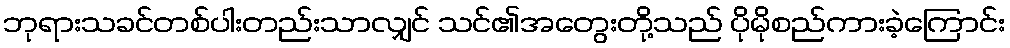
ဘုရားသခင်တစ်ပါးတည်းသာလျှင် သင်၏အတွေးတို့သည် ပိုမိုစည်ကားခဲ့ကြောင်း